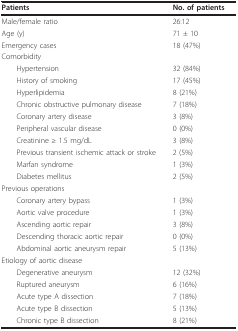
<table><thead><tr><td><b>Patients</b></td><td><b>No. of patients</b></td></tr></thead><tbody><tr><td>Male/female ratio</td><td>26:12</td></tr><tr><td>Age (y)</td><td>71 ± 10</td></tr><tr><td>Emergency cases</td><td>18 (47%)</td></tr><tr><td>Comorbidity</td><td>[EMPTY_CELL]</td></tr><tr><td> Hypertension</td><td>32 (84%)</td></tr><tr><td> History of smoking</td><td>17 (45%)</td></tr><tr><td> Hyperlipidemia</td><td>8 (21%)</td></tr><tr><td> Chronic obstructive pulmonary disease</td><td>7 (18%)</td></tr><tr><td> Coronary artery disease</td><td>3 (8%)</td></tr><tr><td> Peripheral vascular disease</td><td>0 (0%)</td></tr><tr><td> Creatinine ≥ 1.5 mg/dL</td><td>3 (8%)</td></tr><tr><td> Previous transient ischemic attack or stroke</td><td>2 (5%)</td></tr><tr><td> Marfan syndrome</td><td>1 (3%)</td></tr><tr><td> Diabetes mellitus</td><td>2 (5%)</td></tr><tr><td>Previous operations</td><td>[EMPTY_CELL]</td></tr><tr><td> Coronary artery bypass</td><td>1 (3%)</td></tr><tr><td> Aortic valve procedure</td><td>1 (3%)</td></tr><tr><td> Ascending aortic repair</td><td>3 (8%)</td></tr><tr><td> Descending thoracic aortic repair</td><td>0 (0%)</td></tr><tr><td> Abdominal aortic aneurysm repair</td><td>5 (13%)</td></tr><tr><td>Etiology of aortic disease</td><td>[EMPTY_CELL]</td></tr><tr><td> Degenerative aneurysm</td><td>12 (32%)</td></tr><tr><td> Ruptured aneurysm</td><td>6 (16%)</td></tr><tr><td> Acute type A dissection</td><td>7 (18%)</td></tr><tr><td> Acute type B dissection</td><td>5 (13%)</td></tr><tr><td> Chronic type B dissection</td><td>8 (21%)</td></tr></tbody></table>